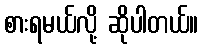
စားရမယ်လို့ ဆိုပါတယ်။